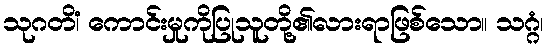
သုဂတိံ၊ ကောင်းမှုကိုပြုသူတို့၏လားရာဖြစ်သော။ သဂ္ဂံ၊